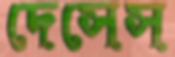
দেসেস